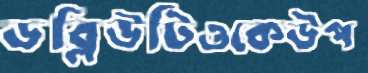
ডব্লিউটিওকেউপ